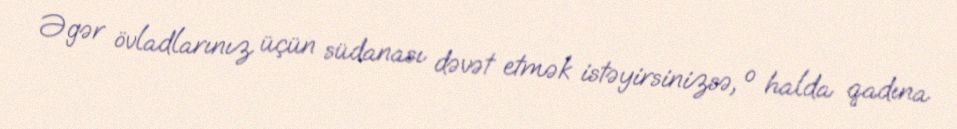
Əgər övladlarınız üçün südanası dəvət etmək istəyirsinizsə, o halda qadına